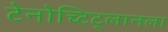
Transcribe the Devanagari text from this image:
टेनोच्टिट्लानला